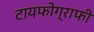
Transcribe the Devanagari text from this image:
टायफोग्राफी